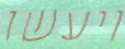
ויעשו